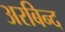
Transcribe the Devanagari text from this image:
अरबिन्द